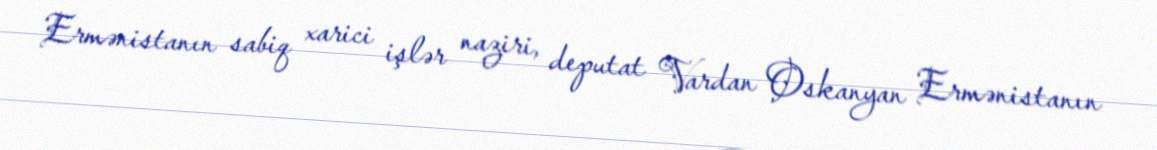
Ermənistanın sabiq xarici işlər naziri, deputat Vardan Oskanyan Ermənistanın